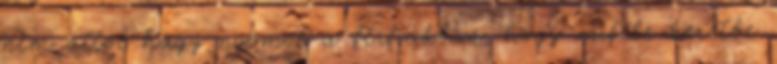
nem attól hagy nyomot a férfiakban, hogy miféle keretbe